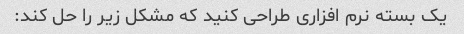
یک بسته نرم افزاری طراحی کنید که مشکل زیر را حل کند: